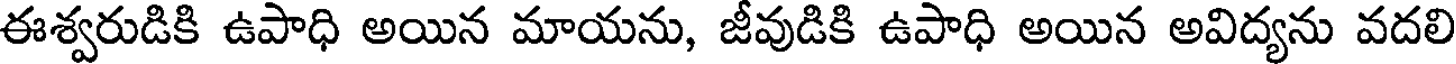
ఈశ్వరుడికి ఉపాధి అయిన మాయను, జీవుడికి ఉపాధి అయిన అవిద్యను వదలి